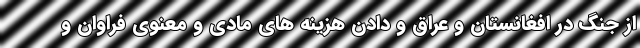
از جنگ در افغانستان و عراق و دادن هزینه های مادی و معنوی فراوان و